Vaccination in Bombay 1913-1923 - 1913-1923
Year: 1913
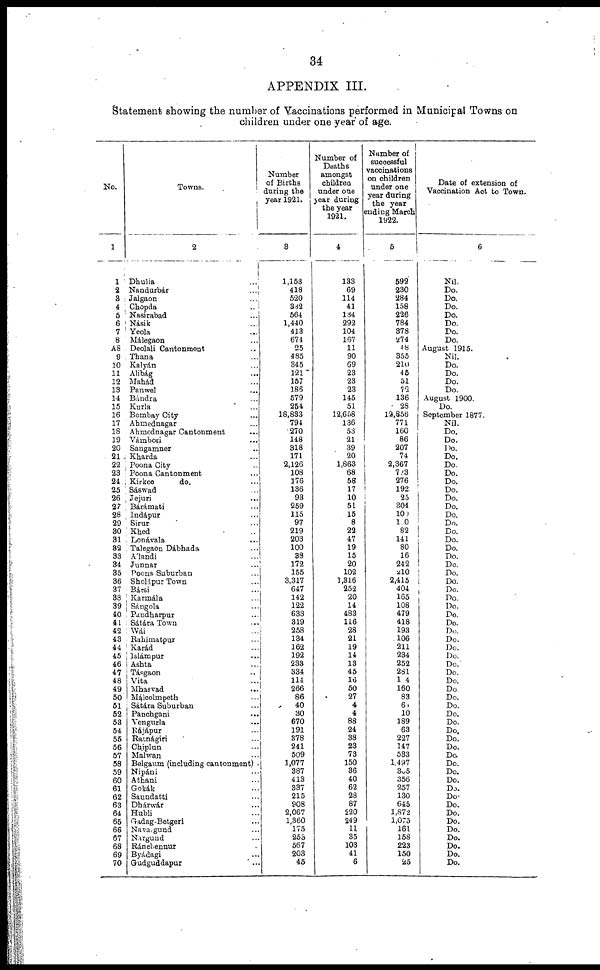
34
APPENDIX III.
Statement showing the number of Vaccinations performed in Municipal Towns on
children under one year of age.
No.
1
1
2
3
4
5
6
7
8
A8
9
10
11
12
19
14
15
16
17
18
19
20
21
22
23
24
25
26
27
28
29
30
31
32
33
34
35
36
37
38
39
40
41
42
43
44
45
46
47
48
49
50
51
52
53
54
55
56
57
58
59
60
61
62
63
64
65
66
67
68
69
70
Towns.
2
Dhulia ...
Nandurbár
...
Jalgaon ...
Chopda ...
Nasirabad ...
Násik ...
Yeola ...
Málegaon ...
Deolali Cantonment ...
Thana ...
Kalyán ...
Alibág ...
Mahád ...
Panwel ...
Bándra ...
Kurla ...
Bombay City ...
Ahmednagar ...
Ahmednagar Cantonment ...
Vámbori ...
Sangamner ...
Kharda ...
Poona City ...
Poona Cantonment ...
Kirkee
do. ...
Sáswad ...
Jejuri ...
Bárámati ...
Indápur ...
Sirur ...
Khed ...
Lonávala ...
Talegaon Dábhada ...
Álandi ...
Junnar ...
Poona Suburban ...
Sholápur Town ...
Bársi ...
Karmála ...
Sángola ...
Pandharpur ...
Sátára Town ...
Wái ...
Rahimatpur ...
Karád ...
Islámpur ...
Ashta ...
Tásgaon ...
Vita ...
Mhasvad ...
Málcolmpeth ...
Sátára Suburban ...
Panchgani
...
Vengurla ...
Rájápur ...
Ratnágiri ...
Chiplun ...
Malwan ...
Belgaum (including cantonment) .
Nipáni ...
Athani ...
Gokák ...
Saundatti ...
Dhárwár ...
Hubli ...
Gadag-Betgeri ...
Navagund ...
Nargund ...
Ránebennur ...
Byádagi ...
Gudguddapur
...
Number
of Births
during the
year 1921.
3
1,153
418
520
342
564
1,440
413
674
25
485
345
121
157
186
579
254
18,833
794
270
148
318
171
2,126
108
176
136
93
259
115
97
219
203
100
38
172
155
3,317
647
142
122
633
319
258
134
162
192
233
334
114
266
86
40
30
670
191
378
241
509
1,077
387
413
337
215
908
2,067
1,360
175
253
567
203
45
Number of
Deaths
amongst
children
under one
year during
the year
1921.
4
133
69
114
41
134
292
104
167
11
90
69
23
23
23
145
51
12,658
136
53
21
39
20
1,863
68
58
17
10
51
15
8
22
47
19
15
20
102
1,316
252
20
14
483
116
28
21
19
14
13
45
16
50
27
4
4
88
24
38
23
73
150
36
40
62
28
87
220
249
11
35
103
41
6
Number of
successful
vaccinations
on children
under one
year during
the year
ending March
1922.
5
592
230
284
158
226
784
378
274
48
355
210
45
51
72
136
28
12,856
771
160
86
207
74
2,367
723
276
192
25
304
100
100
82
141
80
16
242
210
2,415
404
165
108
479
418
193
106
211
234
252
281
14
160
83
60
10
189
63
227
147
533
1,497
305
356
257
130
645
1,872
1,075
161
158
223
150
25
Date of extension of
Vaccination Act to Town.
6
Nil.
Do.
Do.
Do.
Do.
Do.
Do.
Do.
August 1915.
Nil.
Do.
Do.
Do.
Do.
August 1900.
Do.
September 1877.
Nil.
Do.
Do.
Do.
Do.
Do.
Do.
Do.
Do.
Do.
Do.
Do.
Do.
Do.
Do.
Do.
Do.
Do.
Do.
Do.
Do.
Do.
Do.
Do.
Do.
Do.
Do.
Do.
Do.
Do.
Do.
Do.
Do.
Do
Do.
Do.
Do.
Do.
Do.
Do.
Do.
Do.
Do.
Do.
Do.
Do.
Do.
Do.
Do.
Do.
Do.
Do.
Do.
Do.